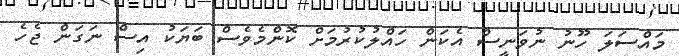
މައްސަލަ ހޫނު ނުވަނީސް އެކަން ހައްލުކުރުމަށް ކޮންމެވެސް ބަޔަކު އިސް ނަގަން ޖެހެ